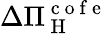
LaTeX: \Delta\Pi_{\mathrm{~H~}}^{\mathrm{~c~o~f~e~}}